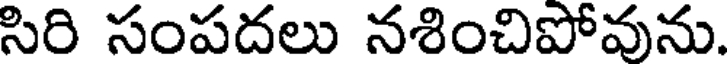
సిరి సంపదలు నశించిపోవును.